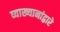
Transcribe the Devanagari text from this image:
व्याख्यानांद्वारे